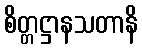
စိတ္တဋ္ဌာနသတာနိ